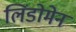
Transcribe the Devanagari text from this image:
लिंडोमेन